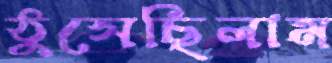
ঠুসেছিলাম